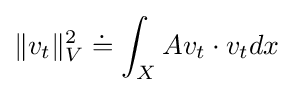
\|v_{t}\|_{V}^{2}\doteq \int _{X}Av_{t}\cdot v_{t}dx